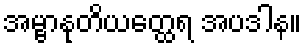
အမ္ဗာနုတိယတ္ထေရ အပဒါန။